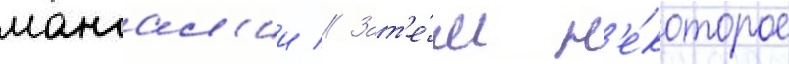
мангал'ии // Зат'е́м н'е́которое